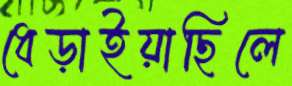
ধেড়াইয়াছিলে